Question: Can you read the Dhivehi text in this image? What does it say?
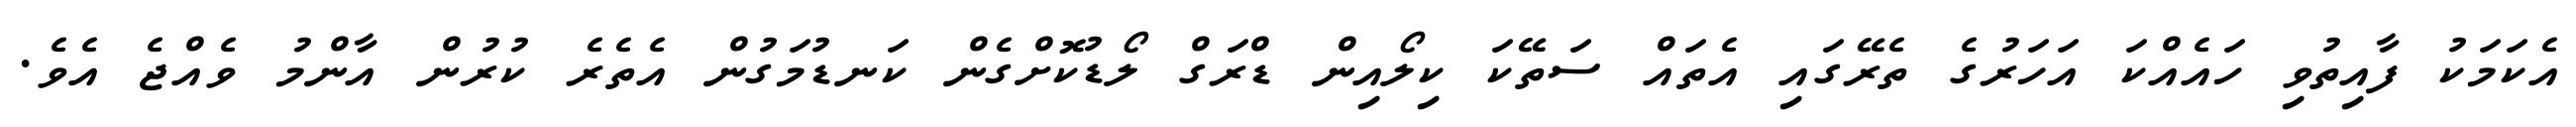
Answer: އެކަމަކު ފާއިތުވި ހައެއްކަ އަހަރުގެ ތެރޭގައި އެތައް ސަތޭކަ ކިލޯއިން ޑްރަގް ލޯޑުކޮށްގެން ކަނޑުމަގުން އެތެރެ ކުރުން އާންމު ވެއްޖެ އެވެ.